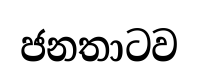
ජනතාටව